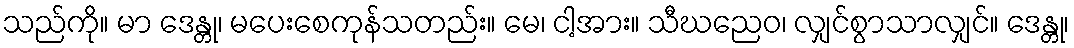
သည်ကို။ မာ ဒေန္တု၊ မပေးစေကုန်သတည်း။ မေ၊ ငါ့အား။ သီဃညေဝ၊ လျှင်စွာသာလျှင်။ ဒေန္တု၊